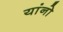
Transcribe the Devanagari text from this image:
यांनो